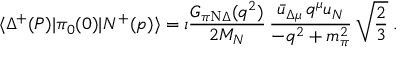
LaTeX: \langle \Delta ^ { + } ( P ) | \pi _ { 0 } ( 0 ) | N ^ { + } ( p ) \rangle = \i { \frac { G _ { \pi \mathrm { N } \Delta } ( q ^ { 2 } ) } { 2 M _ { N } } } \, { \frac { \bar { u } _ { \Delta \mu } \, q ^ { \mu } u _ { N } } { - q ^ { 2 } + m _ { \pi } ^ { 2 } } } \, \sqrt { \frac { 2 } { 3 } } \; .